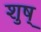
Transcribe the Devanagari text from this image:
शुष्